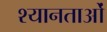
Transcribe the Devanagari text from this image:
श्यानताओं